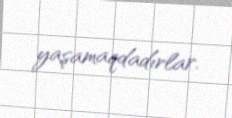
yaşamaqdadırlar.